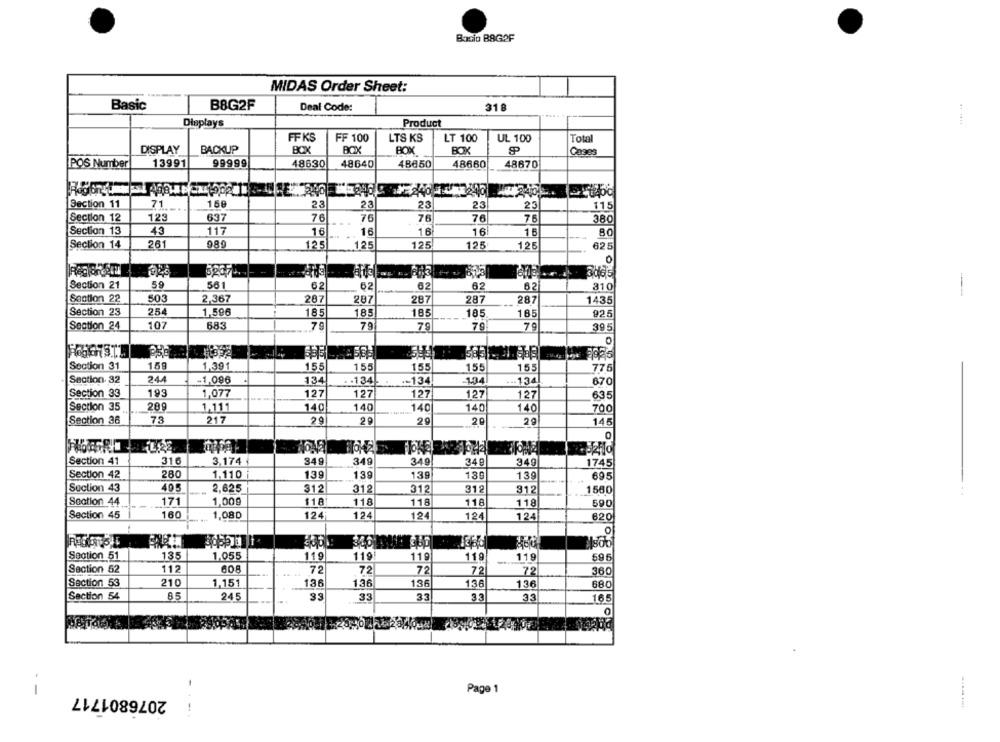
Bacio B8G2F
MIDAS Order Sheet:
Basic
B8G2F
Deal Code:
318
Displays
Product
.. ....
FF KS
FF 100
LTS KS
LT 100
UL 100
Tota
BACKUP
BOK
BOX
DISPLAY
BOX
Cage
POS Number
13991
99999
48630
48640
48650
48660
48870
Section 11
71
158
22
23
23
23
23
115
Section 12
123
637
76
76
76
76
7
380
Section 13
43
117
16
16
16
16
261
989
125
125
125
125
125
625
Section 14
Section 21
59
561
62
62
62
62
62
310
Section 22
503
2,367
287
287
287
287
287
1435
Section 23
254
1,596
185
185
185
185
185
925
Section 24
107
683
79
79
79
79
7
395
Section 31
159
1,391
155
155
155
155
155
775
Section. 32
244
-1,096
134
. . 134
-- 134
134
--- 134
670
Section 33
193
1,077
127
127
127
127
127
635
Section 35
209
1.111
140
140
140
140
140
700
Section 36
73
217
20
29
20
29
145
0
FIORE
Section 41
316
3.174
349
349
349
34₽
340
1745
Section 42
280
1,110
139
139
139
130
139
695
Suction 43
405
2,625
312
312
312
312
912
1580
Section 44
171
1,009
118
118
118
116
118
590
Section 45
160
1,080
124
124
124
124
124
620
Section 51
135
1.055
119
119
119
119
119
595
Section 52
112
7
72
72
72
72
360
Section 53
210
1,151
136
136
136
136
136
680
Section 54
245
33
3.
33
165
0
--
2076801717
Page 1
!